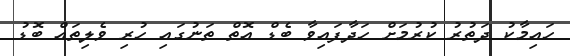
ހައިމާކު ދަތުރު ކުރުމަށް ހަދާފައިވާ ބެޑް އޮތް ތަނުގައި ހުރި ވެލިތައް ބޮޑު